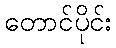
တောင်ပိုင်း